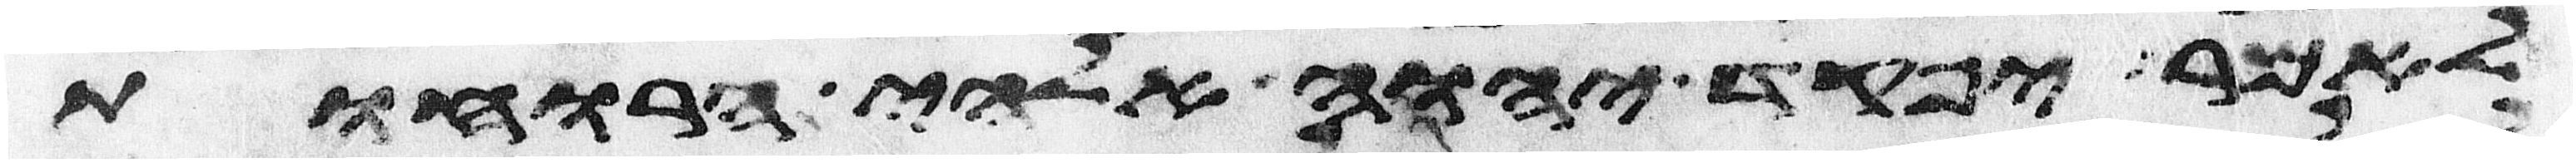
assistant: לאמר יפקד יהוה אלהי הרוחות